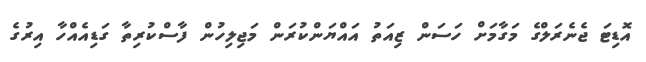
އޮޑިޓަ ޖެނެރަލްގެ މަގާމަށް ހަސަން ޒިއަތު އައްޔަންކުރަން މަޖިލިހުން ފާސްކުރިތާ ގަޑިއެއްހާ އިރުގެ